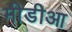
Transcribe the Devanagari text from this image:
मीडीआ